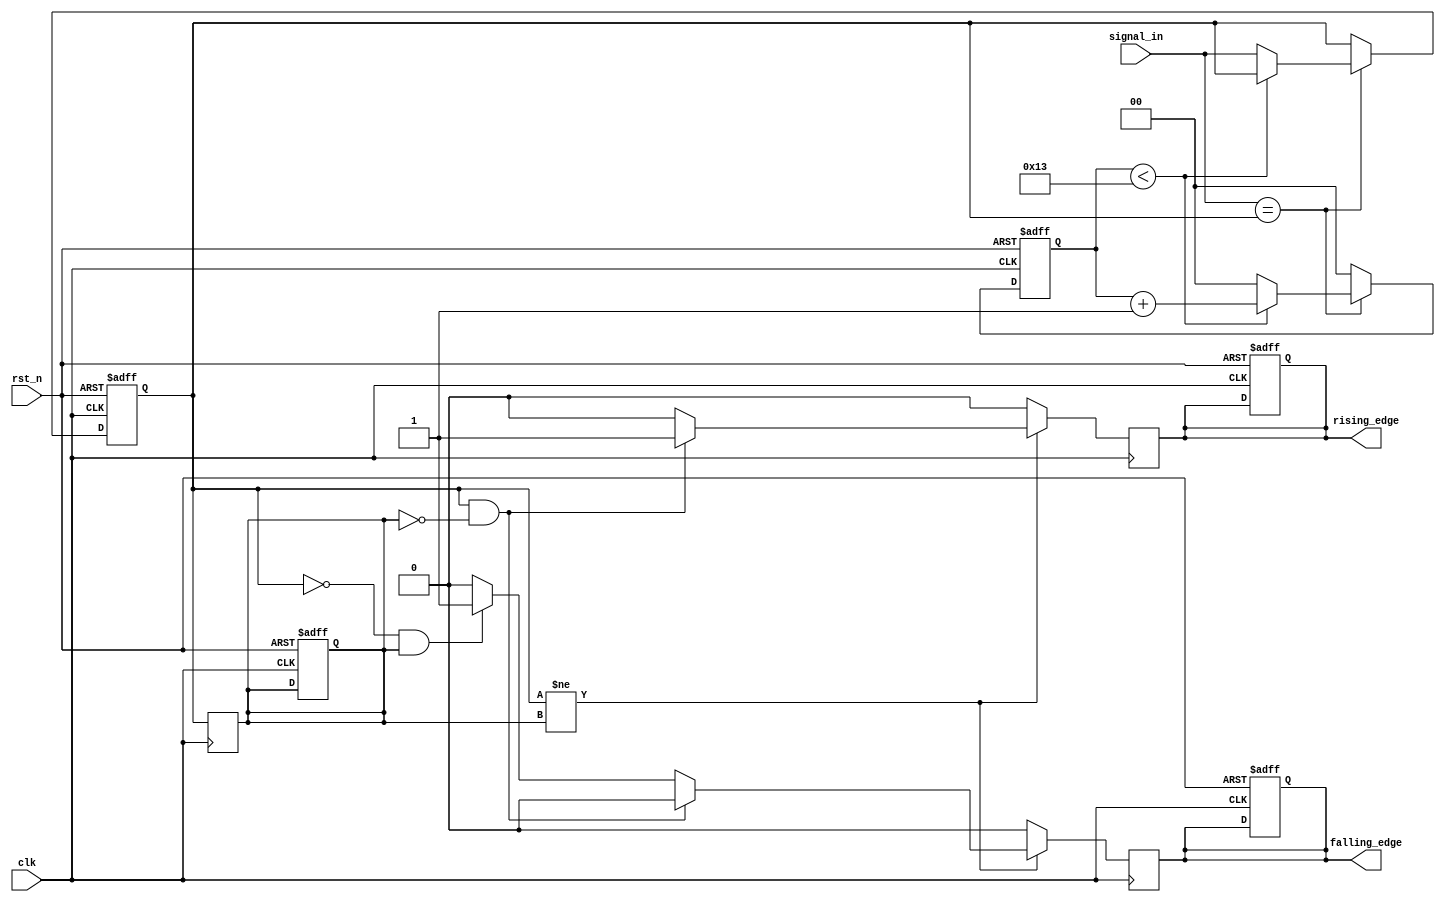
module DebouncedEdgeDetector #(
    parameter DEBOUNCE_TIME = 20 // Number of clock cycles for debouncing
) (
    input wire clk,                // Clock input
    input wire rst_n,              // Active low reset
    input wire signal_in,          // Noisy input signal
    output reg rising_edge,        // Rising edge output
    output reg falling_edge        // Falling edge output
);

    // Internal signals
    reg [1:0] debounce_counter;     // Counter for debouncing
    reg prev_state;                 // Previous stable state
    reg current_state;              // Current stable state

    always @(posedge clk or negedge rst_n) begin
        if (!rst_n) begin
            // On reset
            debounce_counter <= 0;
            prev_state <= 0;
            current_state <= 0;
            rising_edge <= 0;
            falling_edge <= 0;
        end else begin
            // Debounce Logic
            if (signal_in == current_state) begin
                // If input is stable
                if (debounce_counter < DEBOUNCE_TIME - 1) begin
                    debounce_counter <= debounce_counter + 1;
                end else begin
                    // Update current state after debounce period
                    current_state <= signal_in;
                    debounce_counter <= 0; // Reset the counter
                end
            end else begin
                // Reset counter if input changes
                debounce_counter <= 0;
            end
        end
    end

    always @(posedge clk) begin
        // Edge Detection Logic
        rising_edge <= 0; // Clear rising edge output
        falling_edge <= 0; // Clear falling edge output

        if (current_state != prev_state) begin
            if (current_state == 1 && prev_state == 0) begin
                rising_edge <= 1; // Rising edge detected
            end else if (current_state == 0 && prev_state == 1) begin
                falling_edge <= 1; // Falling edge detected
            end
        end

        // Update previous state
        prev_state <= current_state;
    end

endmodule